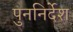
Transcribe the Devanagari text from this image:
पुननिर्देश